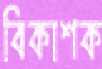
বিকাশক